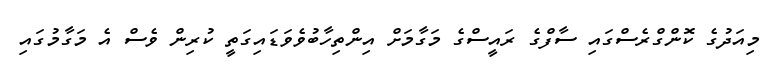
މިއަދުގެ ކޮންގްރެސްގައި ސާފްގެ ރައީސްގެ މަގާމަށް އިންތިހާބުވެވަޑައިގަތީ ކުރިން ވެސް އެ މަގާމުގައި